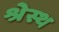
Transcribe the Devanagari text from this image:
श्रेस्थ